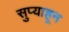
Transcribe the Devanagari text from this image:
सुप्याहून